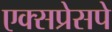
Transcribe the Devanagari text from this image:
एक्सप्रेसपे